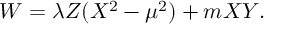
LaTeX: W = \lambda Z ( X ^ { 2 } - \mu ^ { 2 } ) + m X Y .